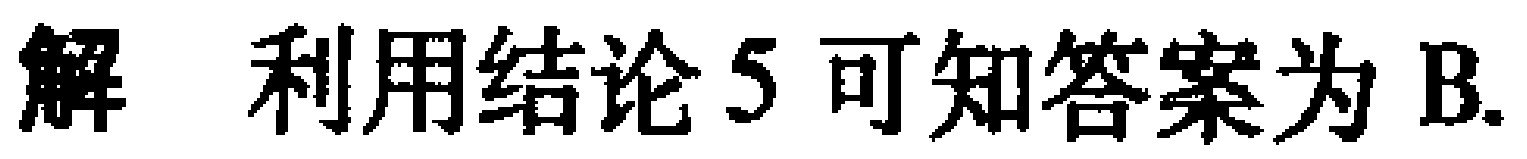
解 利用结论5可知答案为B.